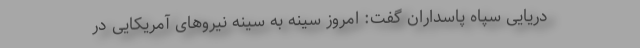
دریایی سپاه پاسداران گفت: امروز سینه به سینه نیروهای آمریکایی در